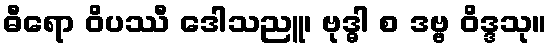
ဓီရော ဝိပဿီ ဒေါသညူ၊ ဗုဒ္ဓါ စ ဒဗ္ဗ ဝိဒ္ဒသု။